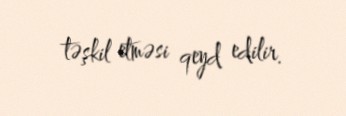
təşkil etməsi qeyd edilir.